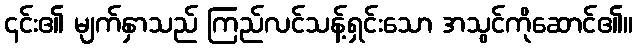
၎င်း၏ မျက်နှာသည် ကြည်လင်သန့်ရှင်းသော အသွင်ကိုဆောင်၏။